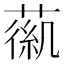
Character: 𦹟